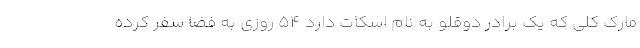
مارک کلی که یک برادر دوقلو به نام اسکات دارد ۵۴ روزی به فضا سفر کرده